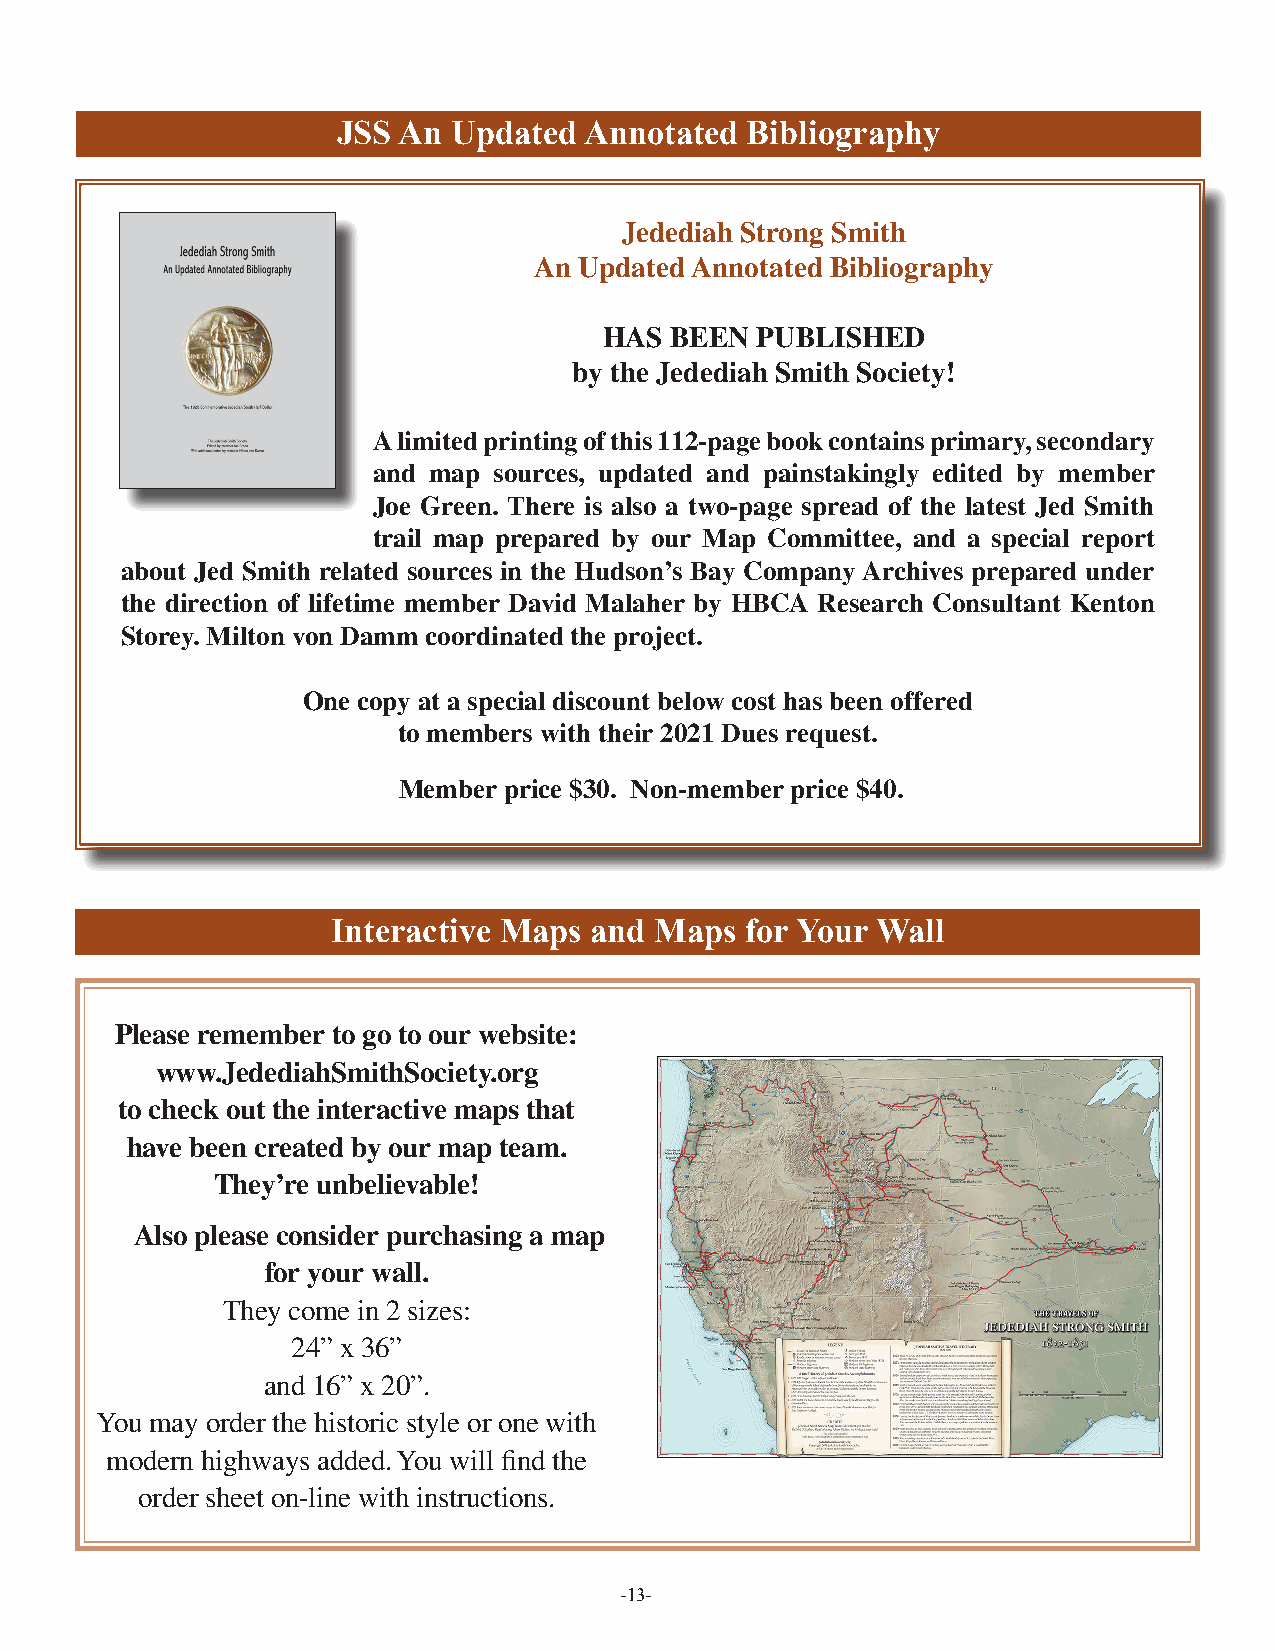
JSS An  Updated  Annotated Bibliography
 Jedediah Strong Smith
 An Updated Annotated Bibliography
 HAS BEEN  PUBLISHED
 by the Jedediah Smith Society!
 A limited printing of this 112-page book contains primary, secondary
 and map sources, updated and painstakingly edited by member
 Joe Green. There is also a two-page spread of the latest Jed Smith
 trail map prepared by our Map Committee, and a special report
 about Jed Smith related sources in the Hudson’s Bay Company Archives prepared under
 the direction of lifetime member David Malaher by HBCA Research Consultant Kenton
 Storey. Milton von Damm coordinated the project.
 One copy at a special discount below cost has been offered
 to members with their 2021 Dues request.
 Member price $30. Non-member price $40.
 Interactive Maps and Maps  for Your Wall
 Please remember to go to our website:
 www.JedediahSmithSociety.org
 to check out the interactive maps that
 have been created by our map team.
 They’re unbelievable!
 Also please consider purchasing a map
 for your wall.
 They come in 2 sizes:
 24” x 36”
 and 16” x 20”.
 You may order the historic style or one with
 modern highways added. You will find the
 order sheet on-line with instructions.
 -13-